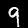
Label: 9